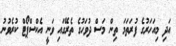
އަދި މިއަހަރުގެ ފުރަތަމަ ތިން މަސް ދުވަހުގެ ތެރޭގައި ވަނީ އެކްސްޕޯޓް ކުރެވުނު